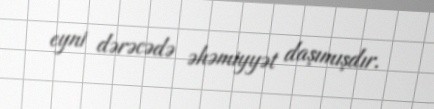
eyni dərəcədə əhəmiyyət daşımışdır.